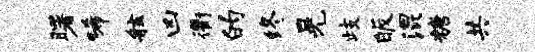
曙唏舷凶衢的终晃歧皈混糖共